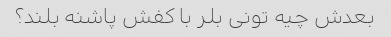
بعدش چیه تونی بلر با کفش پاشنه بلند؟